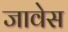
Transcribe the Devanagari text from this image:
जावेस